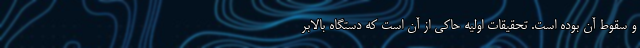
و سقوط آن بوده است. تحقیقات اولیه حاکی از آن است که دستگاه بالابر